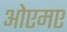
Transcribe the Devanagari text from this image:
ओएमए